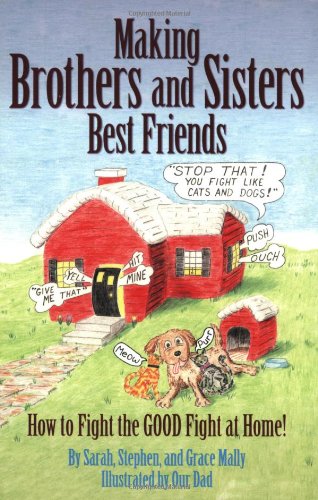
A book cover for Making Brothers and Sisters Best Friends; Sarah Mally; Parenting & Relationships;